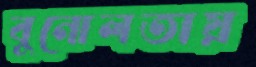
বুনোলতায়